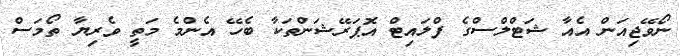
ނޯވޭޖިއަން އެއާ ޝަޓްލްސްގެ ފްލައިޓް އޮޕަރޭޝަންތަކާ ބެހޭ އެންމެ މަތީ ވެރިޔާ ތޯމަސް